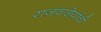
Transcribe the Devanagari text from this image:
राजवाडेयांची